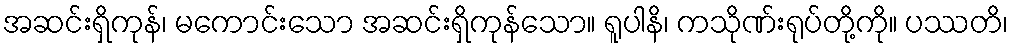
အဆင်းရှိကုန်၊ မကောင်းသော အဆင်းရှိကုန်သော။ ရူပါနိ၊ ကသိုဏ်းရုပ်တို့ကို။ ပဿတိ၊